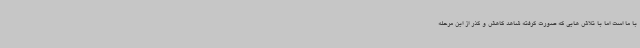
با ما است اما با تلاش هایی که صورت گرفته شاهد کاهش و گذر از این مرحله